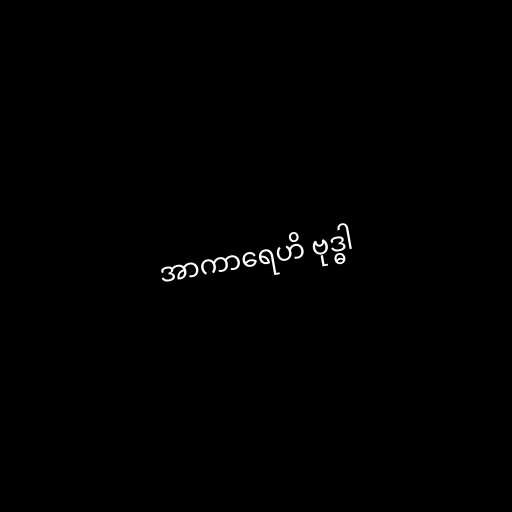
အာကာရေဟိ ဗုဒ္ဓါ